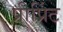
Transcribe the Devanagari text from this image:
प्रीप्रिंट